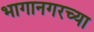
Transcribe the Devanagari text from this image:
भागानगरच्या